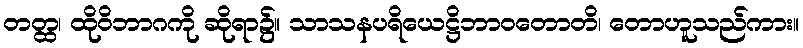
တတ္ထ၊ ထိုဝိဘာဂကို ဆိုရာ၌။ သာသနပရိယေဋ္ဌိဘာဝတောတိ၊ တောဟူသည်ကား။